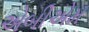
એબીએમ